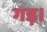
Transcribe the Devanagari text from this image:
गड़।